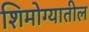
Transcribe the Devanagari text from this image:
शिमोग्यातील